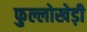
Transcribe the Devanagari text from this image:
फुल्लोखेड़ी